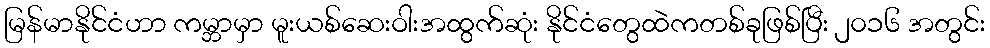
မြန်မာနိုင်ငံဟာ ကမ္ဘာမှာ မူးယစ်ဆေးဝါးအထွက်ဆုံး နိုင်ငံတွေထဲကတစ်ခုဖြစ်ပြီး ၂၀၁၆ အတွင်း